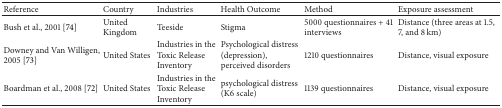
<table><thead><tr><td><b>Reference</b></td><td><b>Country</b></td><td><b>Industries</b></td><td><b>Health Outcome</b></td><td><b>Method</b></td><td><b>Exposure assessment</b></td></tr></thead><tbody><tr><td>Bush et al., 2001 [74]</td><td>United Kingdom</td><td>Teeside</td><td>Stigma</td><td>5000 questionnaires + 41 interviews</td><td>Distance (three areas at 1.5, 7, and 8 km)</td></tr><tr><td>Downey and Van Willigen, 2005 [73]</td><td>United States</td><td>Industries in the Toxic Release Inventory</td><td>Psychological distress (depression), perceived disorders</td><td>1210 questionnaires</td><td>Distance, visual exposure</td></tr><tr><td>Boardman et al., 2008 [72]</td><td>United States</td><td>Industries in the Toxic Release Inventory</td><td>psychological distress (K6 scale)</td><td>1139 questionnaires</td><td>Distance, visual exposure</td></tr></tbody></table>